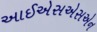
આઈએસએસએન